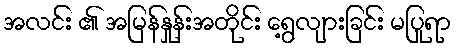
အလင်း ၏ အမြန်နှုန်းအတိုင်း ရွေ့လျားခြင်း မပြုရာ